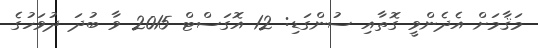
މަޤާމަށް އެދެންވީ ގޮތާއި ސުންގަޑި: 12 އޮގަސްޓް 2015 ވާ ބުދަ ދުވަހުގެ